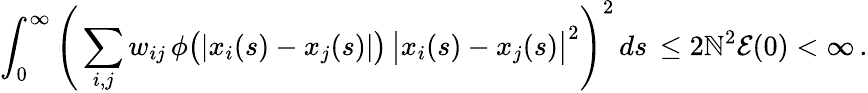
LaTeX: \int_{0}^{\infty}\Bigg(\sum_{i,j}w_{ij}\, \phi\big(|x_{i}(s)-x_{j}(s)|\big)\, \big|x_{i}(s)-x_{j}(s)\big|^{2}\Bigg)^{2}\, ds\, \leq2\mathbb{N}^{2}\mathcal{{E}}(0)<\infty\, .